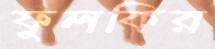
ফুলকির